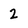
Character: 2